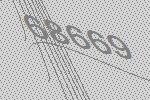
68669